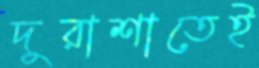
দুরাশাতেই